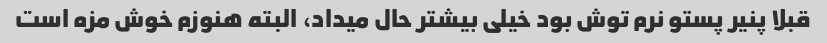
قبلا پنیر پستو نرم توش بود خیلی بیشتر حال میداد، البته هنوزم خوش مزه است